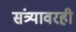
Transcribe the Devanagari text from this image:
संत्र्यावरही